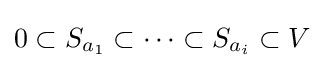
0\subset S_{a_{1}}\subset \cdots \subset S_{a_{i}}\subset V